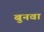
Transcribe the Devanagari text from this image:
बुनवा